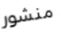
منشور